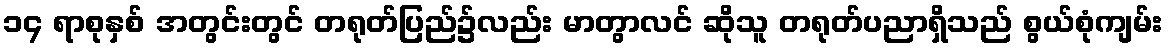
၁၄ ရာစုနှစ် အတွင်းတွင် တရုတ်ပြည်၌လည်း မာတွာလင် ဆိုသူ တရုတ်ပညာရှိသည် စွယ်စုံကျမ်း